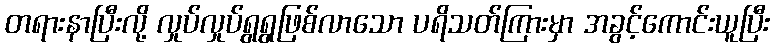
တရားနာပြီးလို့ လှုပ်လှုပ်ရွရွဖြစ်လာသော ပရိသတ်ကြားမှာ အခွင့်ကောင်းယူပြီး